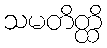
သမတိတ္ထိ